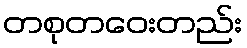
တစုတဝေးတည်း